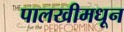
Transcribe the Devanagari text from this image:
पालखीमधून